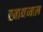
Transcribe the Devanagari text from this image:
खाद्यजाल